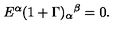
E ^ { \alpha } ( 1 + \Gamma ) _ { \alpha } { } ^ { \beta } = 0 .